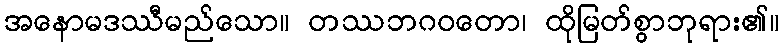
အနောမဒဿီမည်သော။ တဿဘဂဝတော၊ ထိုမြတ်စွာဘုရား၏။